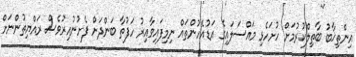
އިންތިޚާބު ބާތިލްކުރުމަށް ހުށަހެޅި މައްސަލައިގެ އަޑުއެހުންތައް ނިމިފައިވާއިރު ހަފުތާ ބަންދަށް ފެށުނުއިރުވެސް ރައްޔިތުންނަށް